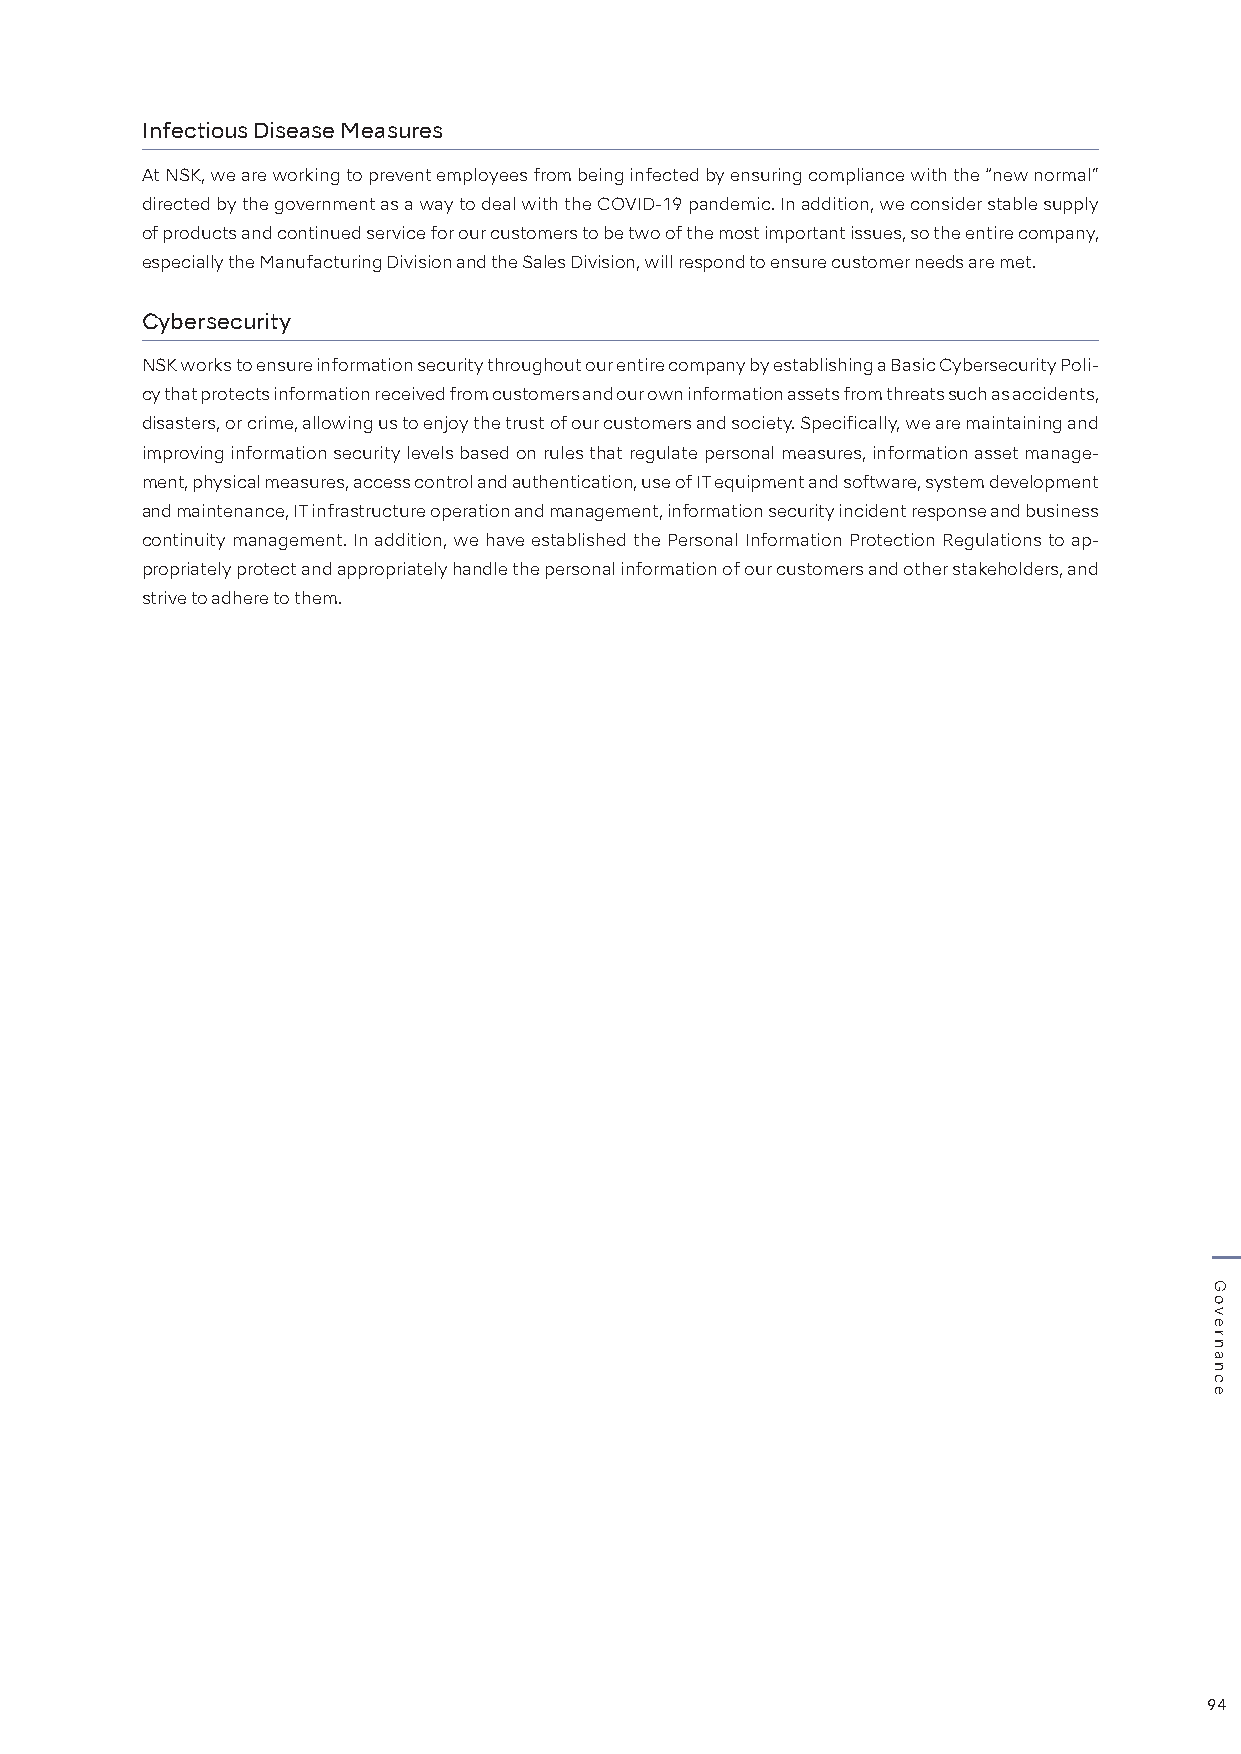
Infectious Disease Measures
 At NSK, we are working to prevent employees from being infected by ensuring compliance with the “new normal”
 directed by the government as a way to deal with the COVID-19 pandemic. In addition, we consider stable supply
 of products and continued service for our customers to be two of the most important issues, so the entire company,
 especially the Manufacturing Division and the Sales Division, will respond to ensure customer needs are met.
 Cybersecurity
 NSK works to ensure information security throughout our entire company by establishing a Basic Cybersecurity Poli-
 cy that protects information received from customers and our own information assets from threats such as accidents,
 disasters, or crime, allowing us to enjoy the trust of our customers and society. Specifically, we are maintaining and
 improving information security levels based on rules that regulate personal measures, information asset manage-
 ment, physical measures, access control and authentication, use of IT equipment and software, system development
 and maintenance, IT infrastructure operation and management, information security incident response and business
 continuity management. In addition, we have established the Personal Information Protection Regulations to ap-
 propriately protect and appropriately handle the personal information of our customers and other stakeholders, and
 strive to adhere to them.
 94
 Governance